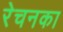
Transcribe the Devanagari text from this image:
रेचनका